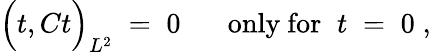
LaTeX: \Big(t,Ct\Big)_{L^{2}}\; =\; 0\; \; \; \; \; \; \mathrm{only~for}\; \; t\; =\; 0\; ,